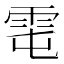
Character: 𩂄